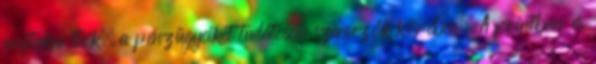
megtakarítók, a pénzügyeiket tudatosan szervezők körében. A forintban és